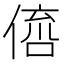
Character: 𠋭